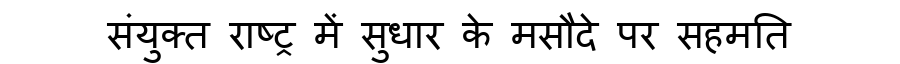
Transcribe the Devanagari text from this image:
संयुक्त राष्ट्र में सुधार के मसौदे पर सहमति